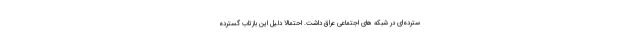
سترده‌ای در شبکه های اجتماعی عراق داشت. احتمالا دلیل این بازتاب گسترده